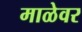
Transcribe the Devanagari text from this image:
माळेवर